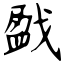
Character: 戤